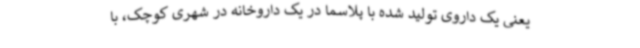
یعنی یک داروی تولید شده با پلاسما در یک داروخانه در شهری کوچک، با